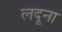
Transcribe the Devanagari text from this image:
लदूना